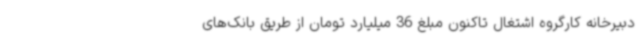
دبیرخانه کارگروه اشتغال تاکنون مبلغ 36 میلیارد تومان از طریق بانک‌های